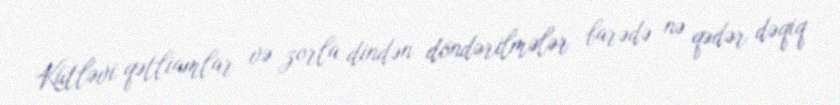
Kütləvi qətliamlar və zorla dindən döndərilmələr barədə nə qədər dəqiq